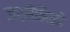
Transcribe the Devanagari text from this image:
जर्मैनिकों